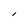
Character: l